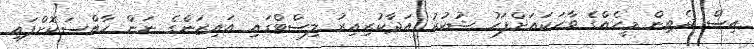
އިސް ދެތިން މީހެއްގެ ވާހަކައަށްފަހު ޝުކުރު އަދާކުރިއިރު ލިސްޓްގައި އައިޒަންގެ ނަން ހާއްސަކޮށްފައި